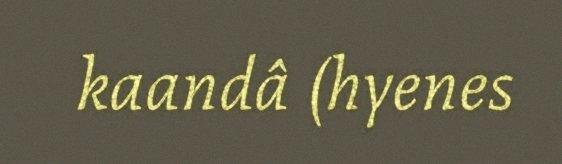
kaandâ (hyenes